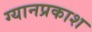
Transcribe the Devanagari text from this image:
ग्यानप्रकाश